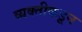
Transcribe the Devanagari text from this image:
व्यक्‍तीकडून